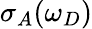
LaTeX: \sigma_{A}(\omega_{D})